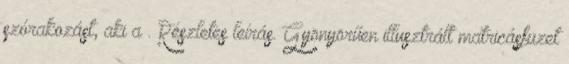
szórakozást, aki a . Részletes leírás. Gyönyörűen illusztrált matricásfüzet